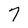
Character: 7